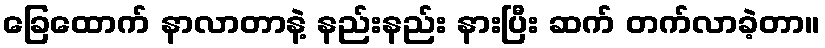
ခြေထောက် နာလာတာနဲ့ နည်းနည်း နားပြီး ဆက် တက်လာခဲ့တာ။